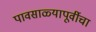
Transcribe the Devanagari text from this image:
पावसाळ्यापूर्वीचा